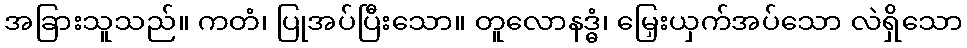
အခြားသူသည်။ ကတံ၊ ပြုအပ်ပြီးသော။ တူလောနဒ္ဓံ၊ မြှေးယှက်အပ်သော လဲရှိသော